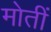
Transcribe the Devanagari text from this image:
मोतीं